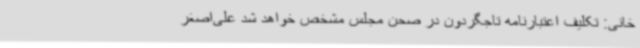
خانی: تکلیف اعتبارنامه تاجگردون در صحن مجلس مشخص خواهد شد علی‌اصغر